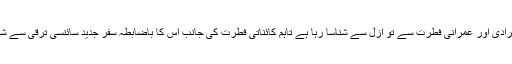
انسان اپنی انفرادی اور عمرانی فطرت سے تو ازل سے شناسا رہا ہے تاہم کائناتی فطرت کی جانب اس کا باضابطہ سفر جدید سائنسی ترقی سے شروع ہوا ہے۔